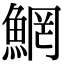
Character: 䱩